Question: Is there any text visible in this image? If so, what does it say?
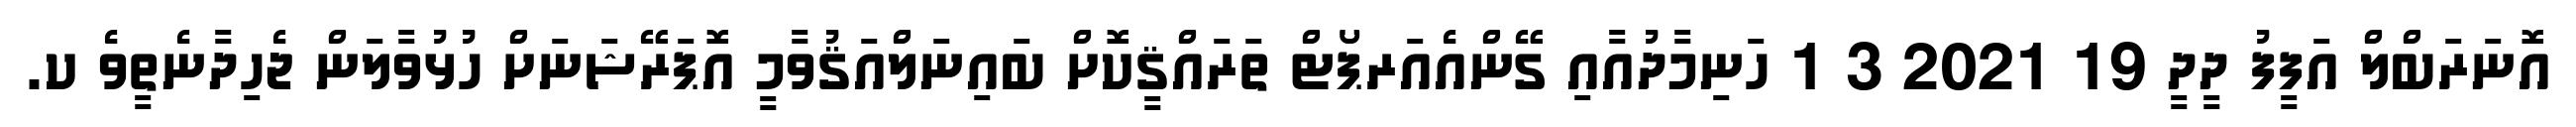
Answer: އޮނަރަބްލް އަފީފު ދީދީ 19 2021 3 1 ހަނިމާދުއާއި ގޭންއެއަރޕޯޓް ތަރައްޤީކޮށް ބައިނަލްއަޤުވާމީ އޮޕަރޭޝަނަށް ހުޅުވާލަން ޖެހިދާނެތީވެ ކ.